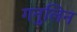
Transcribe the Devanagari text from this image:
गनुलिन